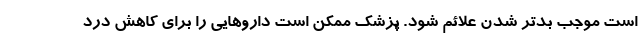
است موجب بدتر شدن علائم شود. پزشک ممکن است داروهایی را برای کاهش درد